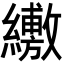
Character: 𦇁